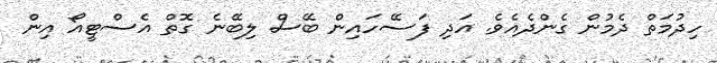
ހިދުމަތް ދެމުން ގެންދެއެވެ. އަދި ފަސޭހައިން ބޭސް ލިބޭނެ ގޮތް އެސްޓީއޯ އިން